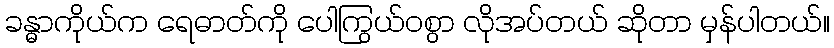
ခန္ဓာကိုယ်က ရေဓာတ်ကို ပေါကြွယ်ဝစွာ လိုအပ်တယ် ဆိုတာ မှန်ပါတယ်။